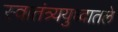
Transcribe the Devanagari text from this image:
स्वातंत्र्ययुध्दातले